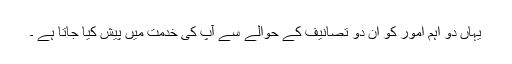
یہاں دو اہم امور کو ان دو تصانیف کے حوالے سے آپ کی خدمت میں پیش کیا جاتا ہے ۔